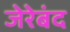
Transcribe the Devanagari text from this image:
जेरेबंद